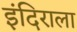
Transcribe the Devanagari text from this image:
इंदिराला